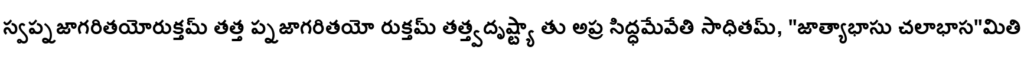
స్వప్నజాగరితయోరుక్తమ్ తత్త ప్నజాగరితయో రుక్తమ్ తత్త్వదృష్ట్యా తు అప్ర సిద్ధమేవేతి సాధితమ్, "జాత్యాభాసు చలాభాస"మితి